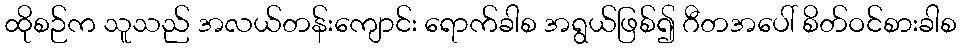
ထိုစဉ်က သူသည် အလယ်တန်းကျောင်း ရောက်ခါစ အရွယ်ဖြစ်၍ ဂီတအပေါ် စိတ်ဝင်စားခါစ